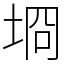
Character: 埛